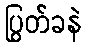
ပြွတ်ခနဲ